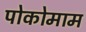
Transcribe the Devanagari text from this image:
पोकोमाम